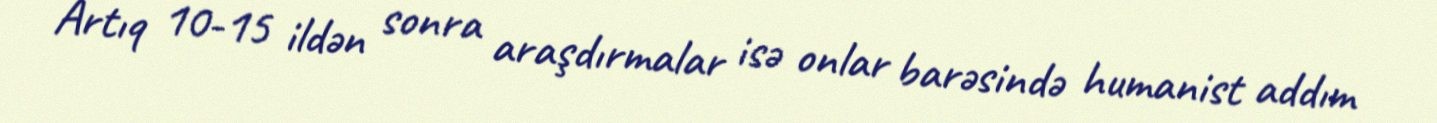
Artıq 10-15 ildən sonra araşdırmalar isə onlar barəsində humanist addım